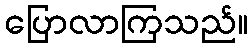
ပြောလာကြသည်။